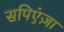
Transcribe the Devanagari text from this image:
सपिएंज़ा